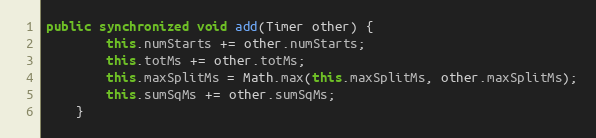
Language: Java
public synchronized void add(Timer other) {
        this.numStarts += other.numStarts;
        this.totMs += other.totMs;
        this.maxSplitMs = Math.max(this.maxSplitMs, other.maxSplitMs);
        this.sumSqMs += other.sumSqMs;
    }